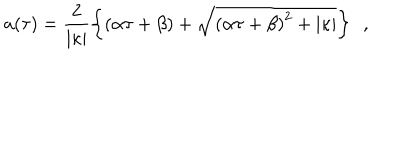
LaTeX: a ( \tau ) = \frac { 2 } { \vert \kappa \vert } \left\{ \left( \alpha \tau + \beta \right) + \sqrt { \left( \alpha \tau + \beta \right) ^ { 2 } + \vert \kappa \vert } \right\} \ \ ,